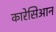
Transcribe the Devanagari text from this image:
कारेसिआन